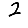
Digit: 2